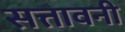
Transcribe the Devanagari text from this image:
सत्तावनी